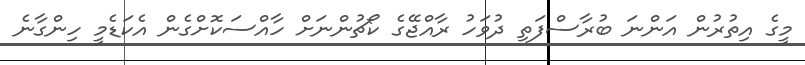
މީގެ އިތުރުން އަންނަ ބުރާސްފަތި ދުވަހު ރާއްޖޭގެ ކޯޗުންނަށް ހާއްސަކޮށްގެން އެކަޑެމީ ހިންގާނެ